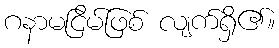
ဂနာမငြိမ်ဖြစ် လျက်ရှိ၏။